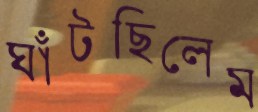
ঘাঁটছিলেম